Report on the nature of kala-azar
Disease focus: Kala-Azar
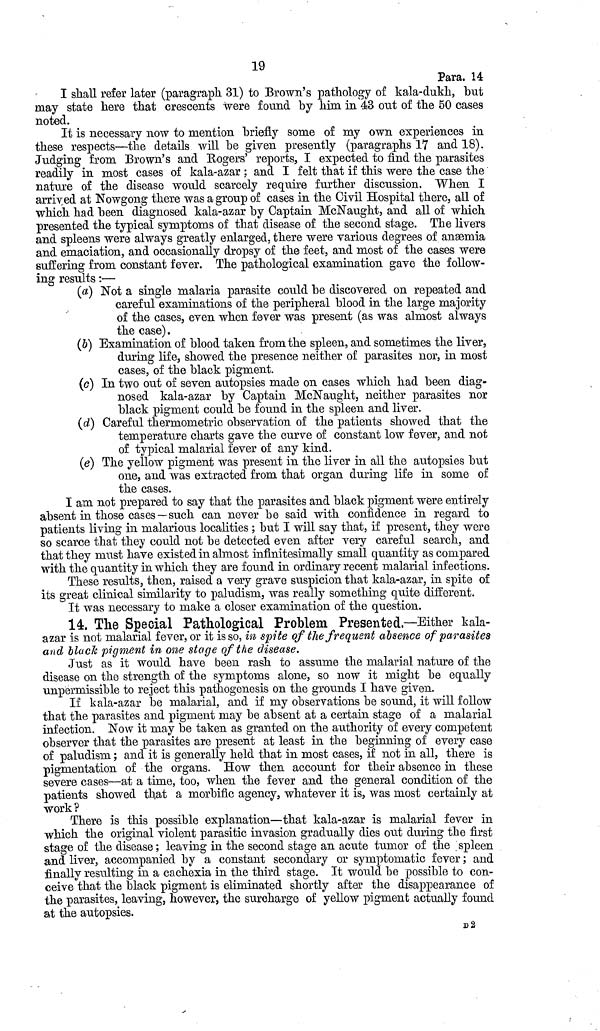
19
Para. 14
I shall refer later (paragraph 31) to Brown's pathology of kala-dukh, but
may state here that crescents were found by him in 43 out of the 50 cases
noted.
It is necessary now to mention briefly some of my own experiences in
these respects—the details will be given presently (paragraphs 17 and 18).
Judging from Brown's and Rogers' reports, I expected to find the parasites
readily in most cases of kala-azar ; and I felt that if this were the case the
nature of the disease would scarcely require further discussion. When I
arrived at Nowgong there was a group of cases in the Civil Hospital there, all of
which had been diagnosed kala-azar by Captain McNaught, and all of which
presented the typical symptoms of that disease of the second stage. The livers
and spleens were always greatly enlarged, there were various degrees of anæmia
and emaciation, and occasionally dropsy of the feet, and most of the cases were
suffering from constant fever. The pathological examination gave the follow-
ing results :—
(a) Not a single malaria parasite could be discovered on repeated and
careful examinations of the peripheral blood in the large majority
of the cases, even when fever was present (as was almost always
the case).
(b) Examination of blood taken from the spleen, and sometimes the liver,
during life, showed the presence neither of parasites nor, in most
cases, of the black pigment.
(c) In two out of seven autopsies made on cases which had been diag-
nosed kala-azar by Captain McNaught, neither parasites nor
black pigment could be found in the spleen and liver.
(d) Careful thermometric observation of the patients showed that the
temperature charts gave the curve of constant low fever, and not
of typical malarial fever of any kind.
(e) The yellow pigment was present in the liver in all the autopsies but
one, and was extracted from that organ during life in some of
the cases.
I am not prepared to say that the parasites and black pigment were entirely
absent in those cases — such can never be said with confidence in regard to
patients living in malarious localities ; but I will say that, if present, they were
so scarce that they could not be detected even after very careful search, and
that they must have existed in almost infinitesimally small quantity as compared
with the quantity in which they are found in ordinary recent malarial infections.
These results, then, raised a very grave suspicion that kala-azar, in spite of
its great clinical similarity to paludism, was really something quite different.
It was necessary to make a closer examination of the question.
14. The Special Pathological Problem Presented.—Either kala-
azar is not malarial fever, or it is so, in spite of the frequent absence of parasites
and black pigment in one stage of the disease.
Just as it would have been rash to assume the malarial nature of the
disease on the strength of the symptoms alone, so now it might be equally
unpermissible to reject this pathogenesis on the grounds I have given.
If kala-azar be malarial, and if my observations be sound, it will follow
that the parasites and pigment may be absent at a certain stage of a malarial
infection. Now it may be taken as granted on the authority of every competent
observer that the parasites are present at least in the beginning of every case
of paludism ; and it is generally held that in most cases, if not in all, there is
pigmentation of the organs. How then account for their absence in these
severe cases—at a time, too, when the fever and the general condition of the
patients showed that a morbific agency, whatever it is, was most certainly at
work ?
There is this possible explanation—that kala-azar is malarial fever in
which the original violent parasitic invasion gradually dies out during the first
stage of the disease ; leaving in the second stage an acute tumor of the spleen
and liver, accompanied by a constant secondary or symptomatic fever ; and
finally resulting in a cachexia in the third stage. It would be possible to con-
ceive that the black pigment is eliminated shortly after the disappearance of
the parasites, leaving, however, the surcharge of yellow pigment actually found
at the autopsies.
D2